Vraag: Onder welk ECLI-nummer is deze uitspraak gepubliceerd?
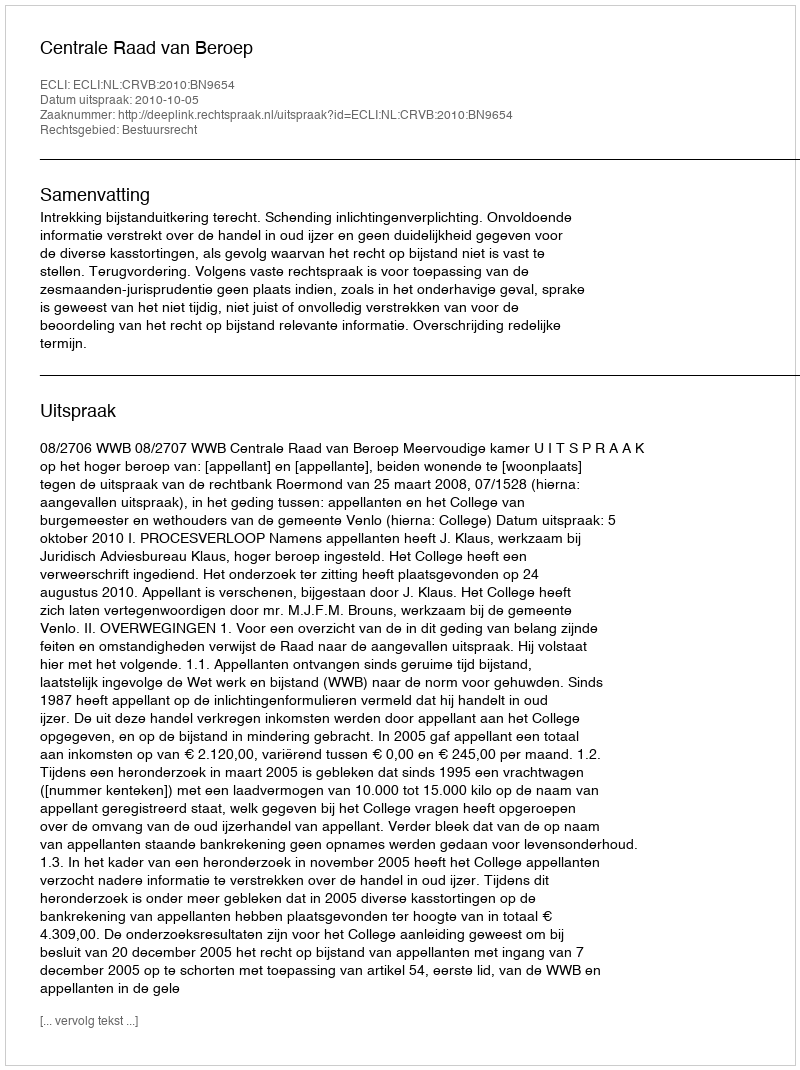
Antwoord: ECLI:NL:CRVB:2010:BN9654